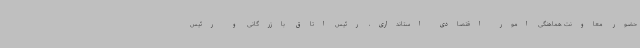
حضور معاونت هماهنگی امور اقتصادی استانداری، رئیس اتاق بازرگانی و رئیس